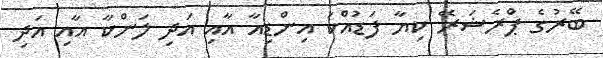
ބޭރުގެ ޕްރެޝަރޭ ކިޔާ ފަޑުއްކަ އިންޑިއާ އާއި އަދި ލަންކާ އާއި އަދި